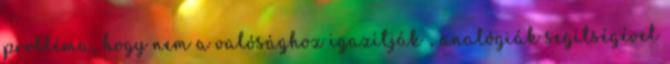
probléma, hogy nem a valósághoz igazítják , analógiák segítségével